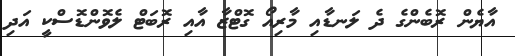
އާޔެން ރޮބެންގެ ދެ ލަނޑާއި މާރިއޯ ގޮޓްޒާ އާއި ރޮބަޓް ލެވޮންޑޮސްކީ އަދި